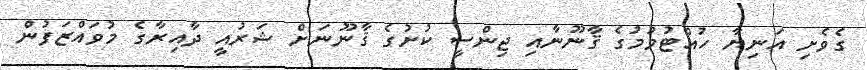
ގެވެށި އަނިޔާ ހުއްޓުވުމުގެ ޤާނޫނާއި ޖިންސީ ކުށުގެ ޤާނޫނަށް ޝަރުއީ ދާއިރާގެ މުވައްޒަފުން